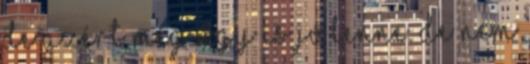
de azért még úgy is jó lenne. De nem